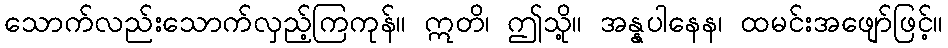
သောက်လည်းသောက်လှည့်ကြကုန်။ ဣတိ၊ ဤသို့။ အန္နပါနေန၊ ထမင်းအဖျော်ဖြင့်။